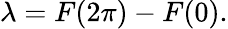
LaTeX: \lambda=F(2\pi)-F(0).